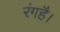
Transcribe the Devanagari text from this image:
रंगहै।